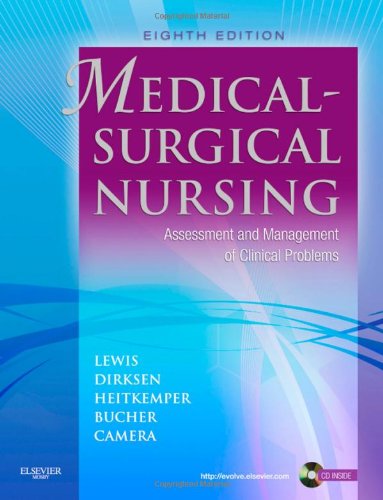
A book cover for Medical-Surgical Nursing: Assessment and Management of Clinical Problems, 8th Edition; Sharon L. Lewis; Medical Books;